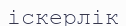
іскерлік